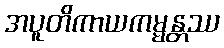
အပူတိကာယကမ္မန္တဿ